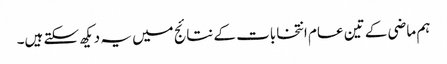
ہم ماضی کے تین عام انتخابات کے نتائج میں یہ دیکھ سکتے ہیں۔